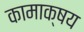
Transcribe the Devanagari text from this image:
कामाक्षय